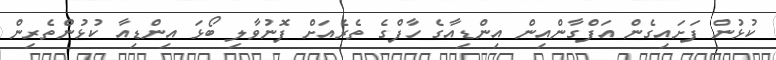
ކުޅުން ފަށައިގެން އަފްގާންއިން އިންޑިއާގެ ހާފްގެ ތެރެއަށް ފޮނުވާލި ބޯޅަ އިންޑިއާ ކުޅުންތެރިން